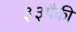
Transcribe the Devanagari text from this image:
३३पैकी